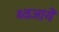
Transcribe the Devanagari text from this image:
ध्वजायें